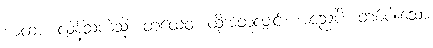
ယထာ၊ လန့်သကဲ့သို့။ တထေဝ၊ ထိုအတူလျှင်။ အညေပိ၊ တစ်ပါးသော